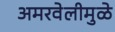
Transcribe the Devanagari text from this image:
अमरवेलीमुळे